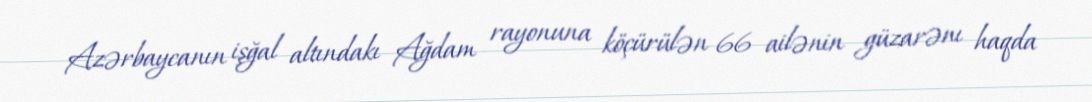
Azərbaycanın işğal altındakı Ağdam rayonuna köçürülən 66 ailənin güzarənı haqda